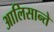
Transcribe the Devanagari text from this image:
आलिसान्ते